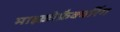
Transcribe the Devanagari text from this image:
माइक्रोफ्रैक्चरिंग